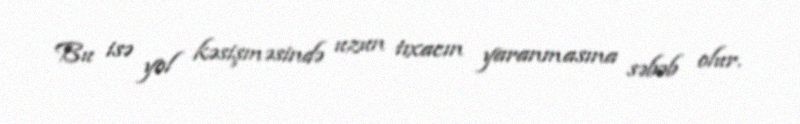
Bu isə yol kəsişməsində uzun tıxacın yaranmasına səbəb olur.